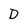
Character: D